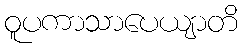
ဝူပကာသာပေယျာတိ